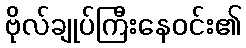
ဗိုလ်ချုပ်ကြီးနေဝင်း၏